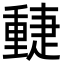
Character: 𨤴